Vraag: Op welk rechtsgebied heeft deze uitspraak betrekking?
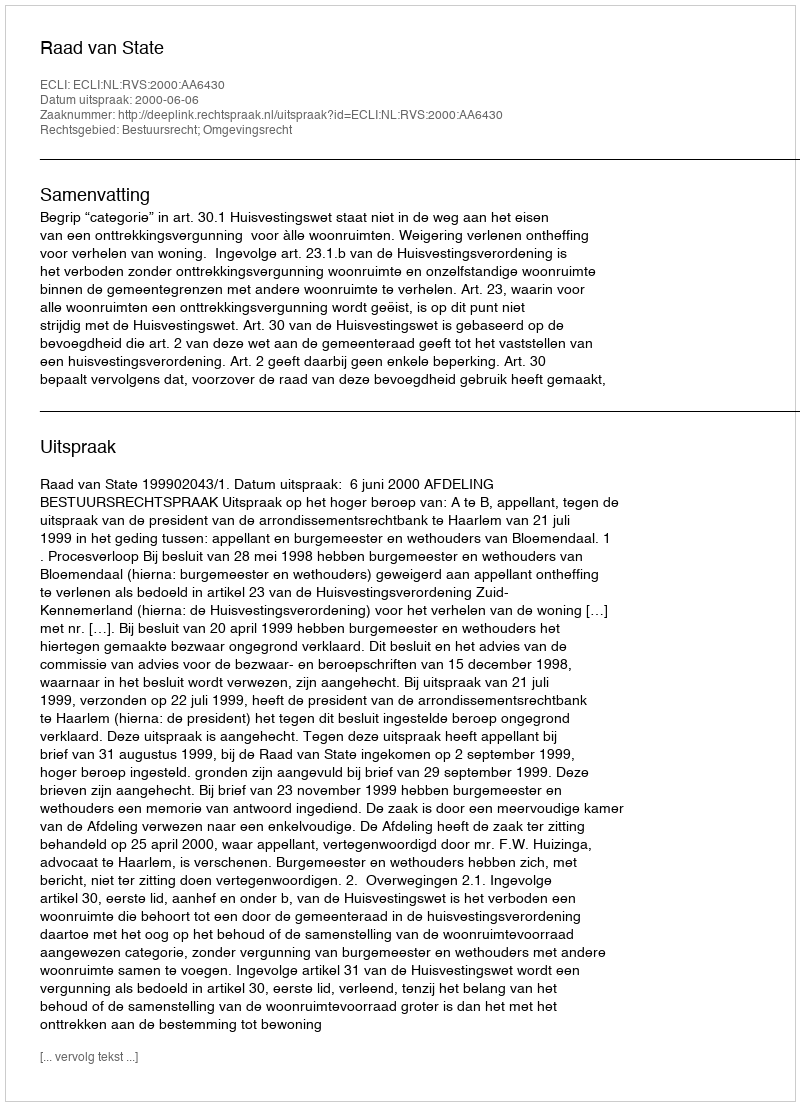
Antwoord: Bestuursrecht; Omgevingsrecht